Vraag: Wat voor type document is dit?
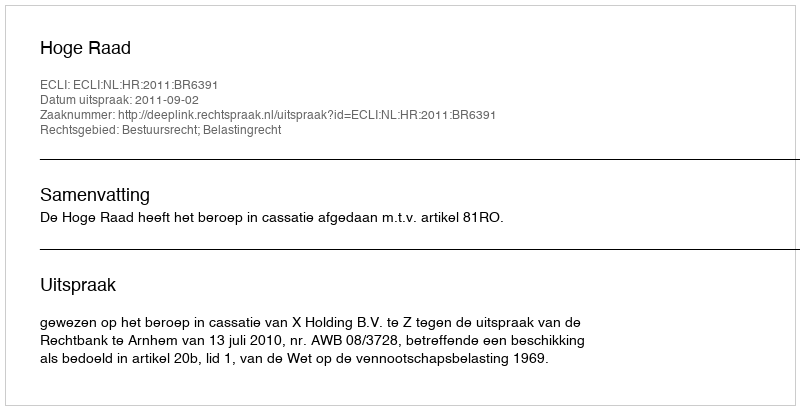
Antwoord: Uitspraak